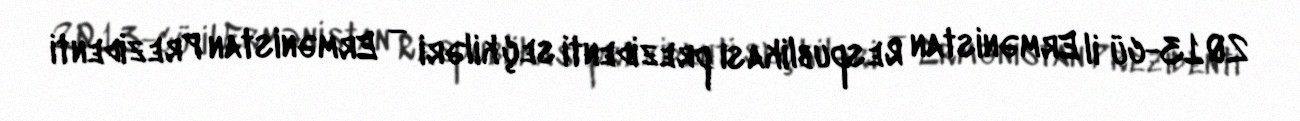
2013-cü il Ermənistan Respublikası prezidenti seçkiləri — Ermənistan Prezidenti